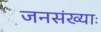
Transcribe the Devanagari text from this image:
जनसंख्याः